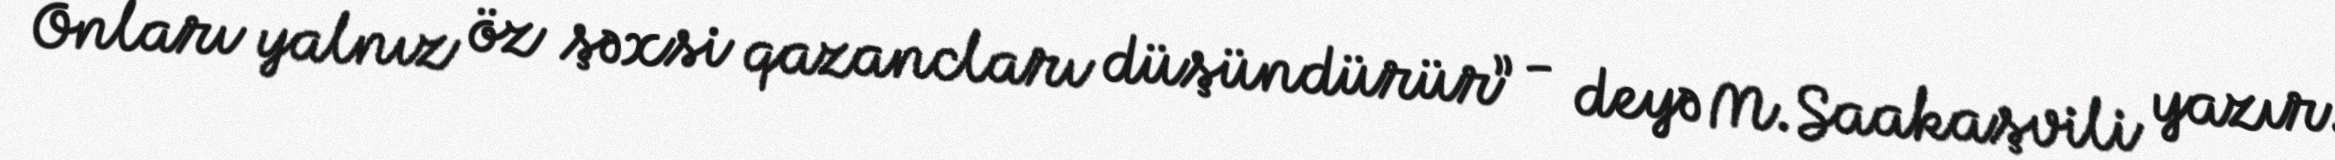
Onları yalnız öz şəxsi qazancları düşündürür” - deyə M.Saakaşvili yazır.